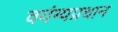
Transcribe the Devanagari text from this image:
वयंग्यप्रधान